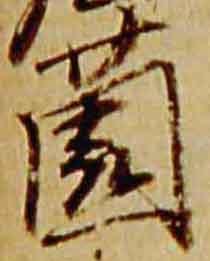
薗